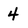
Character: 4